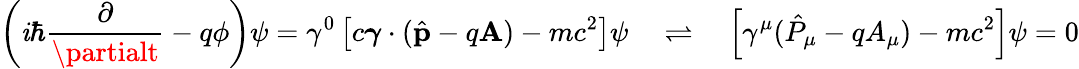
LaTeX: \left(\mathit{i}\hbar{\frac{{\partial}}{{\partialt}}}-q\phi\right)\psi=\gamma^{0}\left[c{\boldsymbol{\gamma}}\cdot{({\hat{{\mathbf{{p}}}}}-q\mathbf{{A}})}-mc^{2}\right]\psi\quad\rightleftharpoons\quad\left[\gamma^{\mu}({\hat{{P}}}_{\mu}-qA_{\mu})-mc^{2}\right]\psi=0